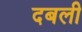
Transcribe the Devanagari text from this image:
दबली